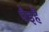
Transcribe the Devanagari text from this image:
पैइहैं